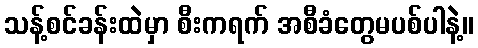
သန့်စင်ခန်းထဲမှာ စီးကရက် အစီခံတွေမပစ်ပါနဲ့။